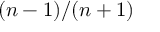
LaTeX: ( n - 1 ) / ( n + 1 )